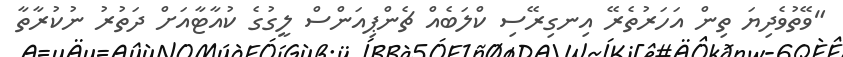
"ވޭތުވެދިޔަ ތިން އަހަރުތެރޭ އިނގިރޭސި ކްލަބެއް ޗެންޕިއަންސް ލީގުގެ ކުއާޓާއަށް ދަތުރު ނުކުރާތާ